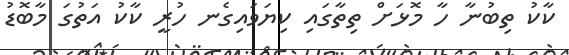
ކާކު ތިބުނާ ހާ މޮޅަށް ތިތާގައި ކިޔަވައިގެނ ހުރީ ކާކު އަތުގަ މާބޮޑު